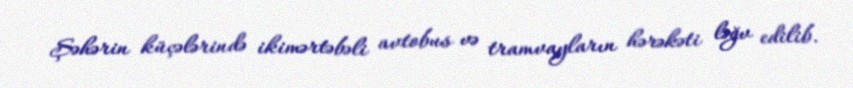
Şəhərin küçələrində ikimərtəbəli avtobus və tramvayların hərəkəti ləğv edilib.